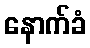
နောက်ခံ